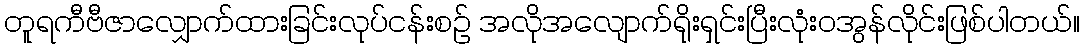
တူရကီဗီဇာလျှောက်ထားခြင်းလုပ်ငန်းစဉ် အလိုအလျောက်ရိုးရှင်းပြီးလုံးဝအွန်လိုင်းဖြစ်ပါတယ်။